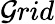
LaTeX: \mathcal{G}rid